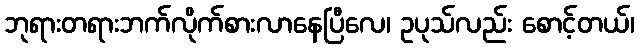
ဘုရားတရားဘက်လိုက်စားလာနေပြီလေ၊ ဥပုသ်လည်း စောင့်တယ်၊